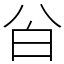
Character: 㒶